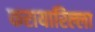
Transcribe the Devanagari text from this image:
करायारिल्ला